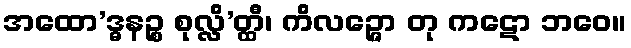
အထော’ဒ္ဓနဉ္စ စုလ္လိ’တ္ထီ၊ ကိလဉ္ဇော တု ကဋော ဘဝေ။